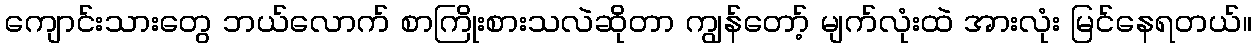
ကျောင်းသားတွေ ဘယ်လောက် စာကြိုးစားသလဲဆိုတာ ကျွန်တော့် မျက်လုံးထဲ အားလုံး မြင်နေရတယ်။